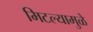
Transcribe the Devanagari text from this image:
मिटल्यामुळे